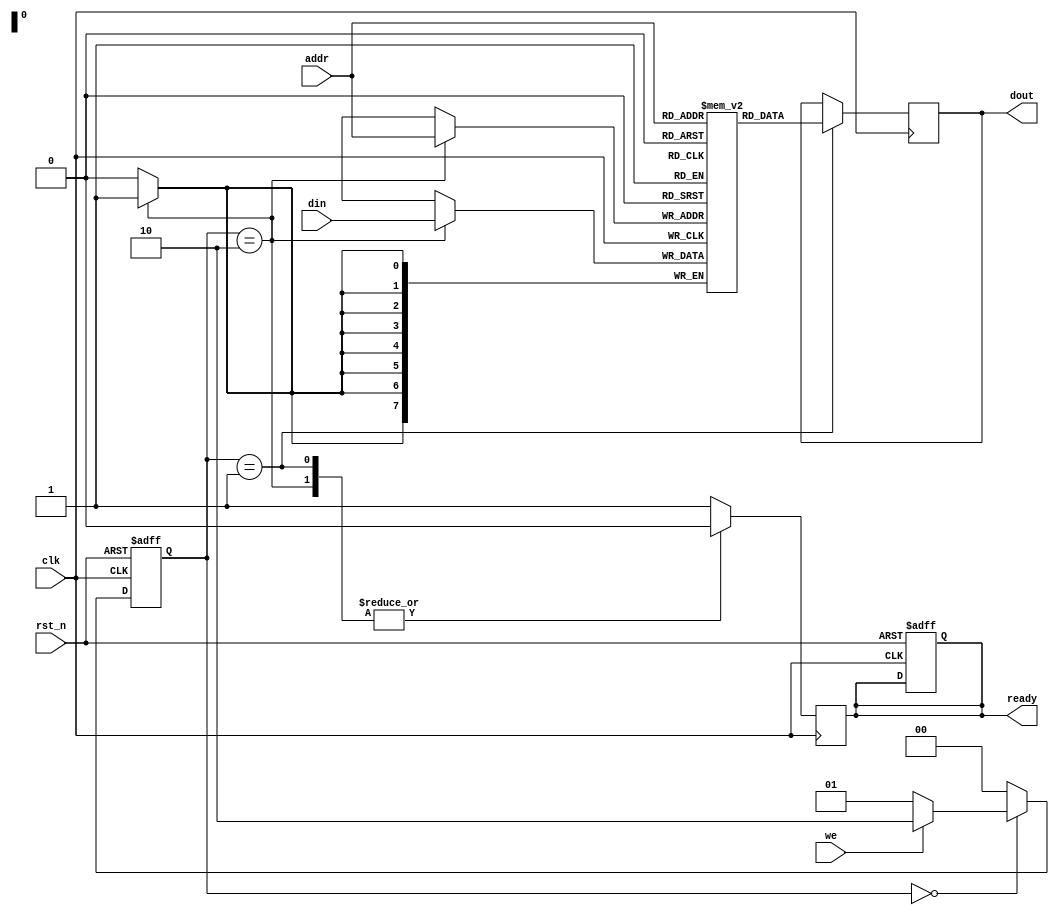
module low_power_sram #(
    parameter ADDR_WIDTH = 8, // Address width
    parameter DATA_WIDTH = 8, // Data width
    parameter MEM_SIZE = 256   // Memory size (2^ADDR_WIDTH)
) (
    input wire clk,                // Clock signal
    input wire rst_n,              // Active low reset
    input wire we,                 // Write enable
    input wire [ADDR_WIDTH-1:0] addr, // Address input
    input wire [DATA_WIDTH-1:0] din,  // Data input
    output reg [DATA_WIDTH-1:0] dout,  // Data output
    output reg ready               // Ready signal for I/O
);

    // Memory array
    reg [DATA_WIDTH-1:0] mem [0:MEM_SIZE-1];

    // Control signals
    reg [1:0] state;
    reg [1:0] next_state;

    // FSM states
    localparam IDLE = 2'b00,
               READ = 2'b01,
               WRITE = 2'b10;

    // Power management signals
    reg power_gated; // Power gating signal

    // I/O buffer
    reg [DATA_WIDTH-1:0] io_buffer;

    // State transition logic
    always @(posedge clk or negedge rst_n) begin
        if (!rst_n) begin
            state <= IDLE;
            ready <= 1'b1;
            power_gated <= 1'b0;
        end else begin
            state <= next_state;
        end
    end

    // Next state logic
    always @(*) begin
        case (state)
            IDLE: begin
                if (we) begin
                    next_state = WRITE;
                end else begin
                    next_state = READ;
                end
            end
            WRITE: begin
                next_state = IDLE;
            end
            READ: begin
                next_state = IDLE;
            end
            default: next_state = IDLE;
        endcase
    end

    // Memory operations
    always @(posedge clk) begin
        case (state)
            WRITE: begin
                mem[addr] <= din; // Write data to memory
                ready <= 1'b0;    // Not ready until operation completes
            end
            READ: begin
                dout <= mem[addr]; // Read data from memory
                ready <= 1'b0;      // Not ready until operation completes
            end
            default: begin
                ready <= 1'b1;      // Ready for next operation
            end
        endcase
    end

    // Power gating logic (simplified)
    always @(posedge clk) begin
        if (state == IDLE) begin
            power_gated <= 1'b1; // Gate power when idle
        end else begin
            power_gated <= 1'b0; // Active during read/write
        end
    end

endmodule